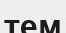
тем